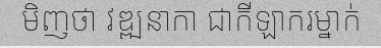
មិញថា វឌ្ឍនាកា ជាកីឡាករម្នាក់